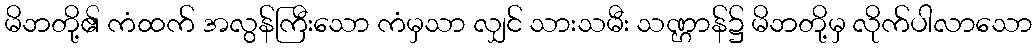
မိဘတို့၏ ကံထက် အလွန်ကြီးသော ကံမှသာ လျှင် သားသမီး သဏ္ဌာန်၌ မိဘတို့မှ လိုက်ပါလာသော